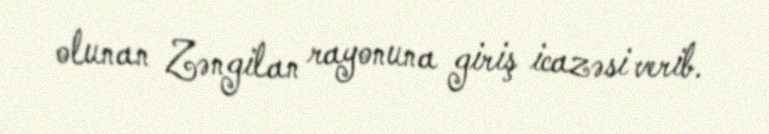
olunan Zəngilan rayonuna giriş icazəsi verib.